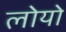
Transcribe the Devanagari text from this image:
लोयो